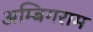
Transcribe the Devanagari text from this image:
अम्बिगराम